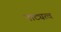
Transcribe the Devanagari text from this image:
नाट्यत्व